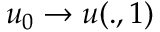
u _ { 0 } \rightarrow u ( . , 1 )